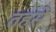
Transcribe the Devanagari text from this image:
तहसे